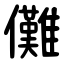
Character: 儺